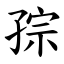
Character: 孮